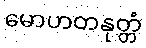
မောဟတနုတ္တံ